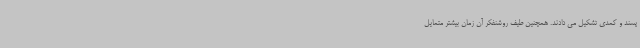
پسند و کمدی تشکیل می دادند. همچنین طیف روشنفکر آن زمان بیشتر متمایل